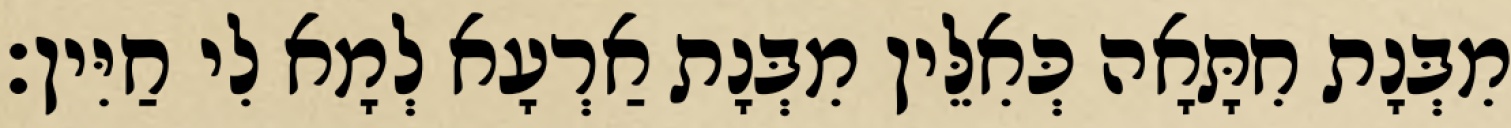
מִבְּנָת חִתָּאָה כְּאִלֵּין מִבְּנָת אַרְעָא לְמָא לִי חַיִּין׃